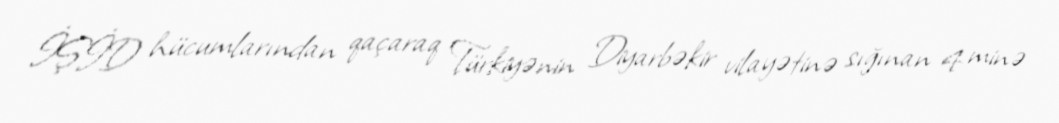
İŞİD hücumlarından qaçaraq Türkiyənin Diyarbəkir vilayətinə sığınan 4 minə